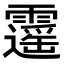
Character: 𩆡